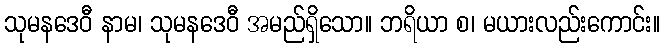
သုမနဒေဝီ နာမ၊ သုမနဒေဝီ အမည်ရှိသော။ ဘရိယာ စ၊ မယားလည်းကောင်း။